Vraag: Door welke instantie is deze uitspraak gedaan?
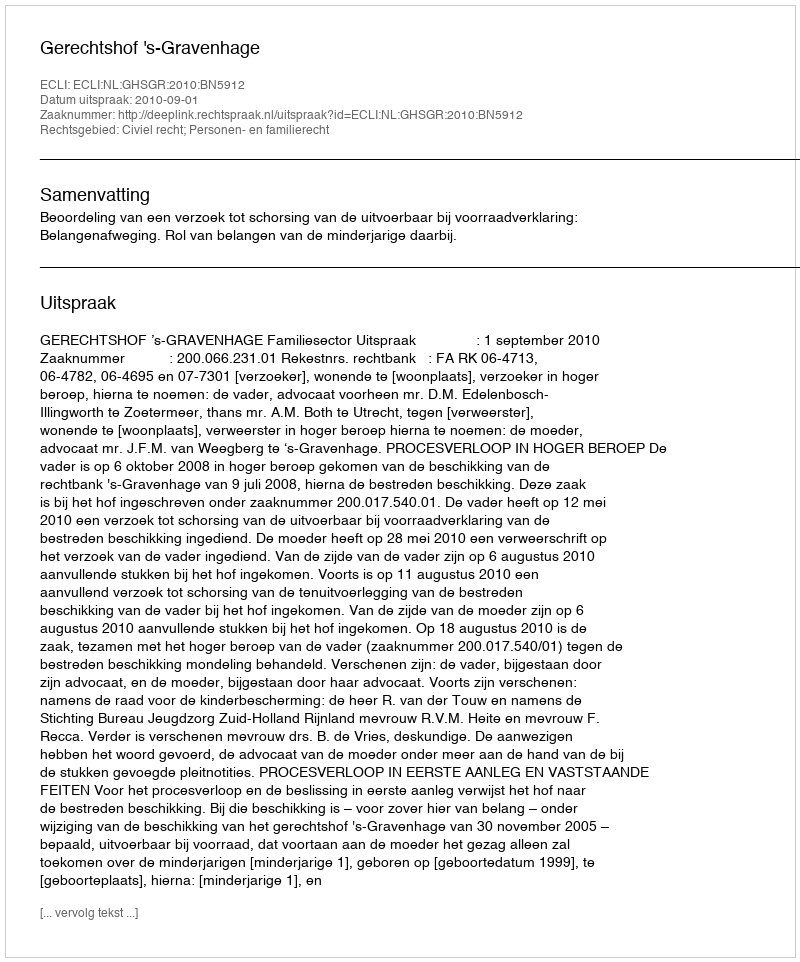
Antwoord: Gerechtshof 's-Gravenhage